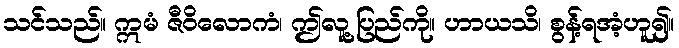
သင်သည်။ ဣမံ ဇီဝိလောကံ၊ ဤလူ့ပြည်ကို။ ဟာယသိ၊ စွန့်ရအံ့ဟူ၍။